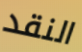
النقد